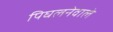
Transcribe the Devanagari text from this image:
पिघलनेवाले